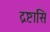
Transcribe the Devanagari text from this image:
द्रष्टासि